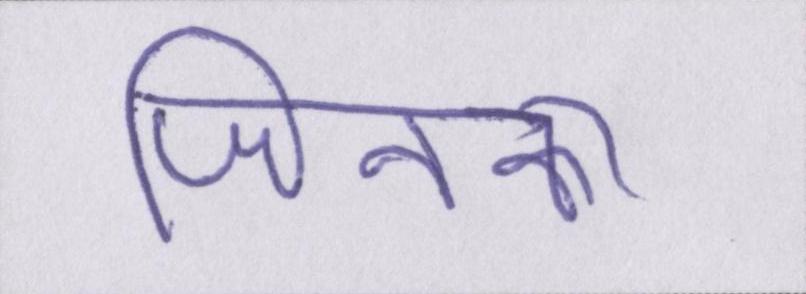
जिनका